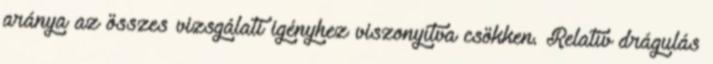
aránya az összes vizsgálati igényhez viszonyítva csökken. Relatív drágulás